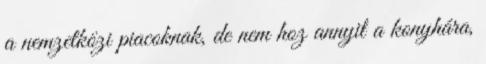
a nemzetközi piacoknak, de nem hoz annyit a konyhára,